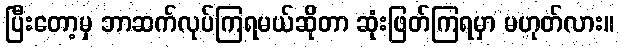
ပြီးတော့မှ ဘာဆက်လုပ်ကြရမယ်ဆိုတာ ဆုံးဖြတ်ကြရမှာ မဟုတ်လား။